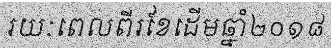
រយៈពេលពីរខែដើមឆ្នាំ២០១៨